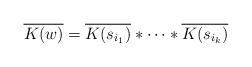
LaTeX: \begin{align*} \overline{K(w)} & = \overline{K(s_{i_1})} * \dots * \overline{K(s_{i_k})}\end{align*}